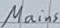
Text: Mains